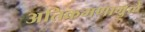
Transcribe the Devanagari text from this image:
अतिक्रमणामु़ळे